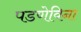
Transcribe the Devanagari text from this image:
पडणेविना